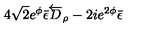
4 \sqrt { 2 } e ^ { \phi } \bar { \epsilon } \overleftarrow { D } _ { \rho } - 2 i e ^ { 2 \phi } \bar { \epsilon }